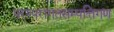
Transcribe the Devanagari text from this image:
परम्परागतसम्पत्तिगण